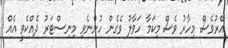
އޭރުވެސް މިހާރު ވެސް މިކަމާ ހަވާލު ވެގެން ހުންނެވި މިނިސްޓަރު ދެއްކެވީ އެއް